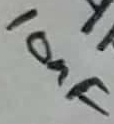
Text: 10nF